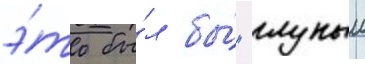
э́то бы́л бы́ "глупыи